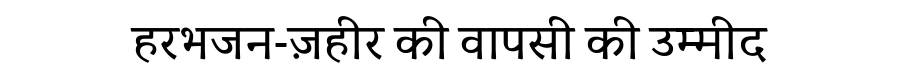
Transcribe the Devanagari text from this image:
हरभजन-ज़हीर की वापसी की उम्मीद